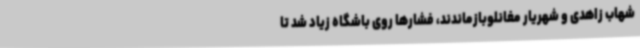
شهاب زاهدی و شهریار مغانلوبازماندند، فشارها روی باشگاه زیاد شد تا